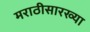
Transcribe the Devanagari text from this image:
मराठीसारख्या